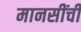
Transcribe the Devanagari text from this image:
मानसींचीं